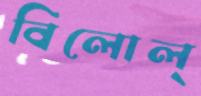
বিলোল্